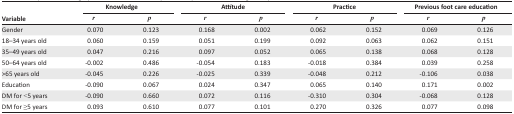
<table><thead><tr><td></td><td colspan="2"><b>Knowledge</b></td><td colspan="2"><b>Attitude</b></td><td colspan="2"><b>Practice</b></td><td colspan="2"><b>Previous foot care education</b></td></tr><tr><td><b>Variable</b></td><td><b><i>r</i></b></td><td><b><i>p</i></b></td><td><b><i>r</i></b></td><td><b><i>p</i></b></td><td><b><i>r</i></b></td><td><b><i>p</i></b></td><td><b><i>r</i></b></td><td><b><i>p</i></b></td></tr></thead><tbody><tr><td>Gender</td><td>0.070</td><td>0.123</td><td>0.168</td><td>0.002</td><td>0.062</td><td>0.152</td><td>0.069</td><td>0.126</td></tr><tr><td>18–34 years old</td><td>0.060</td><td>0.159</td><td>0.051</td><td>0.199</td><td>0.092</td><td>0.063</td><td>0.062</td><td>0.151</td></tr><tr><td>35–49 years old</td><td>0.047</td><td>0.216</td><td>0.097</td><td>0.052</td><td>0.065</td><td>0.138</td><td>0.068</td><td>0.128</td></tr><tr><td>50–64 years old</td><td>-0.002</td><td>0.486</td><td>-0.054</td><td>0.183</td><td>-0.018</td><td>0.384</td><td>0.039</td><td>0.258</td></tr><tr><td>&gt;65 years old</td><td>-0.045</td><td>0.226</td><td>-0.025</td><td>0.339</td><td>-0.048</td><td>0.212</td><td>-0.106</td><td>0.038</td></tr><tr><td>Education</td><td>-0.090</td><td>0.067</td><td>0.024</td><td>0.347</td><td>0.065</td><td>0.140</td><td>0.171</td><td>0.002</td></tr><tr><td>DM for &lt;5 years</td><td>-0.090</td><td>0.660</td><td>0.072</td><td>0.116</td><td>-0.310</td><td>0.304</td><td>-0.068</td><td>0.128</td></tr><tr><td>DM for ≥5 years</td><td>0.093</td><td>0.610</td><td>0.077</td><td>0.101</td><td>0.270</td><td>0.326</td><td>0.077</td><td>0.098</td></tr></tbody></table>